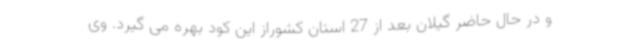
و در حال حاضر گیلان بعد از 27 استان کشوراز این کود بهره می گیرد. وی